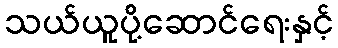
သယ်ယူပို့ဆောင်ရေးနှင့်